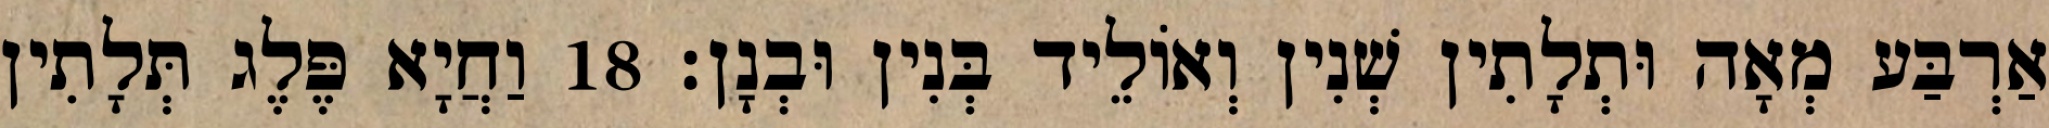
אַרְבַּע מְאָה וּתְלָתִין שְׁנִין וְאוֹלֵיד בְּנִין וּבְנָן׃ 18 וַחֲיָא פֶּלֶג תְּלָתִין